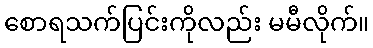
စောရသက်ပြင်းကိုလည်း မမီလိုက်။